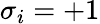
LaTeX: \sigma_{i}=+1